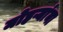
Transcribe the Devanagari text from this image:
मोहऱ्यांना